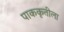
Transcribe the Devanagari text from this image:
पाककृतीला